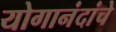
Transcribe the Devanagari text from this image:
योगानंदांचे